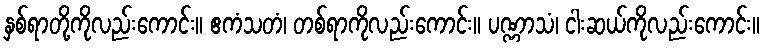
နှစ်ရာတို့ကိုလည်းကောင်း။ ဧကံသတံ၊ တစ်ရာကိုလည်းကောင်း။ ပဏ္ဏာသံ၊ ငါးဆယ်ကိုလည်းကောင်း။